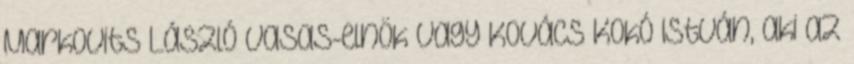
Markovits László Vasas-elnök vagy Kovács Kokó István, aki az